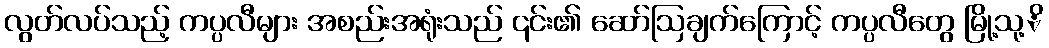
လွတ်လပ်သည့် ကပ္ပလီများ အစည်းအရုံးသည် ၎င်း၏ ဆော်ဩချက်ကြောင့် ကပ္ပလီတွေ မြို့သု့ိ